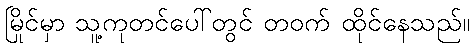
မြိုင်မှာ သူ့ကုတင်ပေါ်တွင် တဝက် ထိုင်နေသည်။